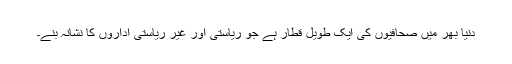
دنیا بھر میں صحافیوں کی ایک طویل قطار ہے جو ریاستی اور غیر ریاستی اداروں کا نشانہ بنے۔